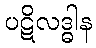
ပဋိလဒ္ဓါန